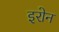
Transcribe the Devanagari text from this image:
इरोन